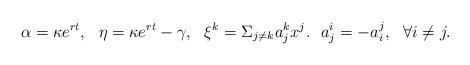
LaTeX: \begin{align*} \alpha=\kappa e^{rt}, \ \ \eta=\kappa e^{rt}-\gamma, \ \ \xi^k=\Sigma_{j\not=k}a^k_jx^j. \ \ a^i_j=-a^j_i, \ \ \forall i\not=j. \end{align*}